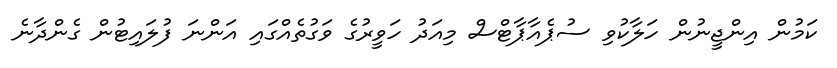
ކަމުން އިންޖީނުން ހަލާކުވި ސުޕެއާޕާޓްސް މިއަދު ހަވީރުގެ ވަގުތެއްގައި އަންނަ ފުލައިޓުން ގެންދާނެ